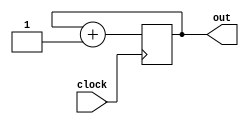
module contadorDe4bits(input clock, output reg [3:0] out );

	initial begin
		out = 4'b0000;
	end
	always@(posedge clock) begin
		out = out + 4'b0001;
	end

endmodule